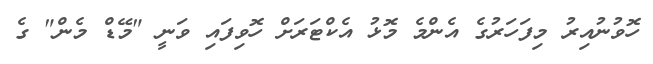
ހޮވުނުއިރު މިފަހަރުގެ އެންމެ މޮޅު އެކްޓަރަށް ހޮވިފައި ވަނީ "މޭޑް މެން" ގެ